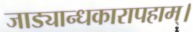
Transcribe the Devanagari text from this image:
जाड्यान्धकारापहाम्‌।